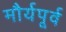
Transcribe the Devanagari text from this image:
मौर्यपूर्व